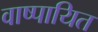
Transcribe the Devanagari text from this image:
वाष्पायित